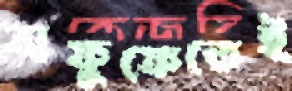
বাফুফেতেই